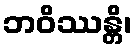
ဘဝိဿန္တိ၊